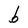
Character: b